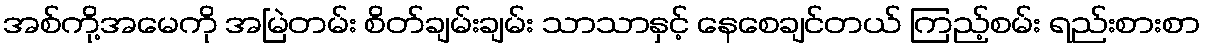
အစ်ကို့အမေကို အမြဲတမ်း စိတ်ချမ်းချမ်း သာသာနှင့် နေစေချင်တယ် ကြည့်စမ်း ရည်းစားစာ